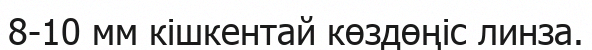
8-10 мм кішкентай көздөңіс линза.